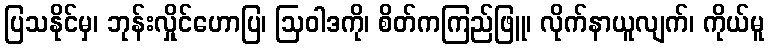
ပြသနိုင်မှ၊ ဘုန်းလှိုင်ဟောပြ၊ ဩဝါဒကို၊ စိတ်ကကြည်ဖြူ၊ လိုက်နာယူလျက်၊ ကိုယ်မူ